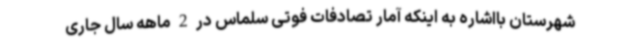
شهرستان بااشاره به اینکه آمار تصادفات فوتی سلماس در 2 ماهه سال جاری